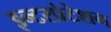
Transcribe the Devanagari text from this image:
इन्टरप्रेटेशन